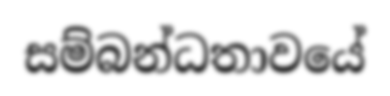
සම්බන්ධතාවයේ